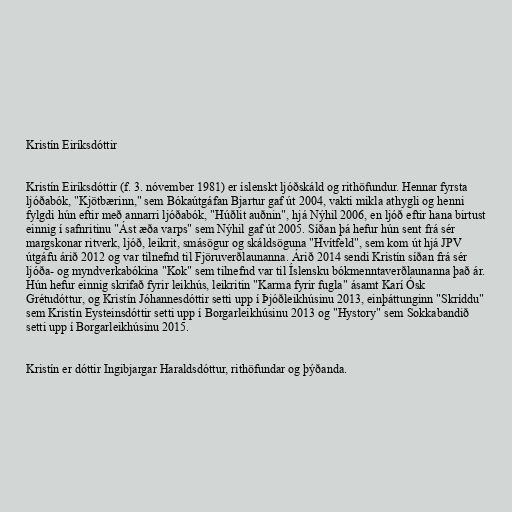
Kristín Eiríksdóttir

Kristín Eiríksdóttir (f. 3. nóvember 1981) er íslenskt ljóðskáld og rithöfundur. Hennar fyrsta
ljóðabók, "Kjötbærinn," sem Bókaútgáfan Bjartur gaf út 2004, vakti mikla athygli og henni
fylgdi hún eftir með annarri ljóðabók, "Húðlit auðnin", hjá Nýhil 2006, en ljóð eftir hana birtust
einnig í safnritinu "Ást æða varps" sem Nýhil gaf út 2005. Síðan þá hefur hún sent frá sér
margskonar ritverk, ljóð, leikrit, smásögur og skáldsöguna "Hvítfeld", sem kom út hjá JPV
útgáfu árið 2012 og var tilnefnd til Fjöruverðlaunanna. Árið 2014 sendi Kristín síðan frá sér
ljóða- og myndverkabókina "Kok" sem tilnefnd var til Íslensku bókmenntaverðlaunanna það ár.
Hún hefur einnig skrifað fyrir leikhús, leikritin "Karma fyrir fugla" ásamt Karí Ósk
Grétudóttur, og Kristín Jóhannesdóttir setti upp í Þjóðleikhúsinu 2013, einþáttunginn "Skríddu"
sem Kristín Eysteinsdóttir setti upp í Borgarleikhúsinu 2013 og "Hystory" sem Sokkabandið
setti upp í Borgarleikhúsinu 2015.

Kristín er dóttir Ingibjargar Haraldsdóttur, rithöfundar og þýðanda.